Lunatic asylums in Bengal annual reports 1888-1898 - 1888-1898
Year: 1888
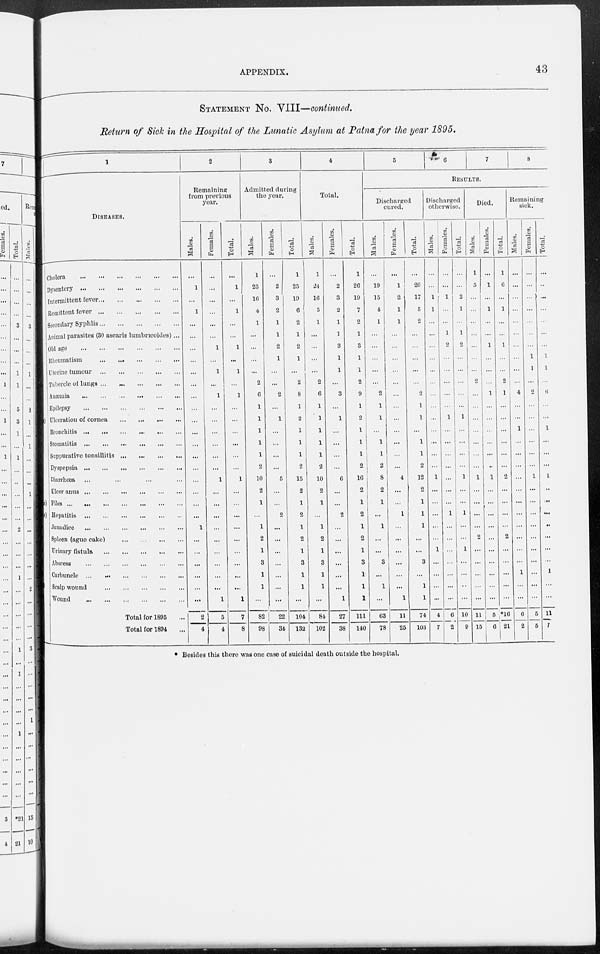
APPENDIX.
43
STATEMENT NO. VIII—continued.
Return of Sick in the Hospital of the Lunatic Asylum at Patna for the year 1895.
1
DISEASES.
Cholera
Dysentery
Intermittent fever
Remittent fever
Secondary Syphlis
Animal parasites (30 ascaris lumbricoides) ...
Old ago
Rheumatism
Uterine tumour
Tuberele of lungs ... ... ... ... ...
Anæmia
Epilepsy
Ulceration of cornea
.
Bronchitis
.
Stomatitis
Suppurative tonsillitis
Dyspepsia
Diarrhoea ... ... ... ...
Ulcer anus
Piles
Hepatitis
Jaundice
Spleen (ague cake)
...
...
Urinary fistula
Abscess
...
Carbuncle ...
...
...
...
...
...
Scalp wound
Wound ... ... ... ... ... ...
Total for 1895 ...
Total for 1894 ...
2
Remaining
from previous
year.
Males.
...
1
...
1
...
...
...
...
...
...
...
...
...
...
...
...
...
...
...
...
...
1
...
...
...
...
...
...
2
4
Females.
...
...
...
...
...
...
1
...
1
...
1
...
...
...
...
...
...
1
...
...
...
...
...
...
...
...
...
1
5
4
Total.
...
1
...
1
...
...
1
...
1
...
1
...
...
...
...
...
...
1
...
...
...
...
...
...
...
...
...
1
7
8
3
Admitted during
the year.
Males.
1
23
16
4
1
...
...
...
...
2
6
1
1
1
1
1
2
10
2
1
...
1
2
1
3
1
1
...
82
98
Females.
...
2
3
2
1
1
2
1
...
...
2
...
1
...
...
...
...
5
...
...
2
...
...
...
...
...
...
...
22
34
Total.
1
25
19
6
2
1
2
1
...
2
8
1
2
1
1
1
2
15
2
1
2
1
2
1
3
1
1
...
104
132
4
Total.
Males.
1
21
16
5
1
...
...
...
...
2
6
1
1
1
1
1
2
10
2
1
...
1
2
1
3
1
1
...
84
102
Females.
...
2
3
2
1
1
3
1
1
...
3
...
1
...
...
...
...
6
...
...
2
...
...
...
...
...
...
1
27
38
Total.
1
26
19
7
2
1
3
1
1
2
9
1
2
1
1
1
2
16
2
1
2
1
2
1
3
1
1
1
111
140
5
6
7
8
RESULTS.
Discharged
cured.
Males.
...
19
15
4
1
...
...
...
...
...
2
1
1
...
1
1
2
8
2
1
...
1
...
...
3
...
1
...
63
78
Females.
...
1
2
1
1
...
...
...
...
...
...
...
...
...
...
...
...
4
...
...
1
...
...
...
...
...
...
1
11
25
Total.
...
20
17
5
2
...
...
...
...
...
2
1
1
...
1
1
2
12
2
1
1
1
...
...
3
...
1
1
74
103
Discharged
otherwise.
Males.
...
...
1
1
...
...
...
...
...
...
...
...
...
...
...
...
...
1
...
...
...
...
...
1
...
...
...
...
4
7
Females.
...
...
1
...
...
1
2
...
...
...
...
...
1
...
...
...
...
...
...
...
1
...
...
...
...
...
...
...
6
2
Total.
...
...
2
1
...
1
2
...
...
...
...
...
1
...
...
...
...
1
...
...
1
...
...
1
...
...
...
...
10
9
Died.
Males.
1
5
...
...
...
...
...
...
...
2
...
...
...
...
...
...
...
1
...
...
...
...
2
...
...
...
...
...
11
15
Females.
...
1
...
1
...
...
1
...
...
...
1
...
...
...
...
...
..
1
...
...
...
...
...
...
...
...
...
...
5
6
Total.
1
6
...
1
...
...
1
...
...
2
1
...
...
...
...
...
...
2
...
...
...
...
2
...
...
...
...
...
*16
21
Remaining
sick.
Males.
...
...
...
...
...
...
...
...
...
...
4
...
...
1
...
...
...
...
...
...
...
...
...
...
...
1
...
...
6
2
Females.
...
...
...
...
...
...
...
1
1
...
2
...
...
...
...
...
...
1
...
...
...
...
...
...
...
...
...
...
5
5
Total.
...
...
...
...
...
...
...
1
1
...
6
...
...
1
...
...
...
1
...
...
...
...
...
...
...
1
...
...
11
1
* Besides this there was one case of suicidal death outside the hospital.